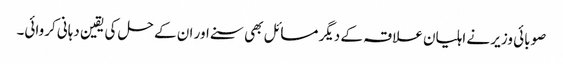
صوبائی وزیر نے اہلیان علاقہ کے دیگر مسائل بھی سنے اور ان کے حل کی یقین دہانی کروائی۔